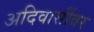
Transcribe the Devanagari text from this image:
अदिवासींवर